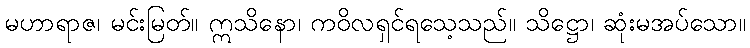
မဟာရာဇ၊ မင်းမြတ်။ ဣသိနော၊ ကဝိလရှင်ရသေ့သည်။ သိဋ္ဌော၊ ဆုံးမအပ်သော။